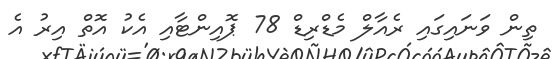
ތިން ވަނައިގައި ރެއާލް މެޑްރިޑް 78 ޕޮއިންޓާއި އެކު އޮތް އިރު އެ